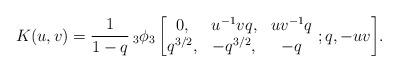
LaTeX: \begin{align*} K(u,v)=\frac{1}{1-q}\,_{3}\phi_{3}\left[\begin{matrix} 0, & u^{-1}vq, & uv^{-1}q\\ q^{3/2}, & -q^{3/2}, & -q \end{matrix}\ ;q, -uv \right]\!. \end{align*}